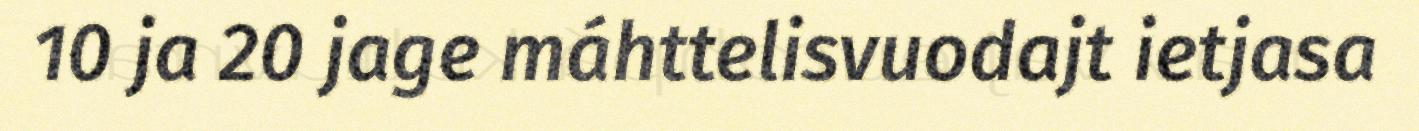
10 ja 20 jage máhttelisvuodajt ietjasa